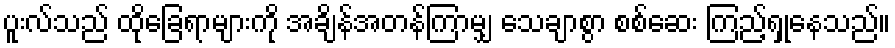
ပူးလ်သည် ထိုခြေရာများကို အချိန်အတန်ကြာမျှ သေချာစွာ စစ်ဆေး ကြည့်ရှုနေသည်။